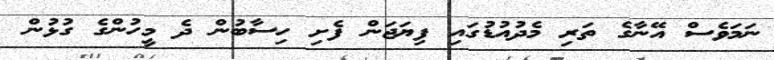
ނަމަވެސް އޭނާގެ ތަރި މެދުއުޑުގައި ފިޔަޖަން ފެށި ހިސާބުން ދެ މީހުންގެ ގުޅުން